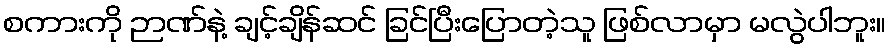
စကားကို ဉာဏ်နဲ့ ချင့်ချိန်ဆင် ခြင်ပြီးပြောတဲ့သူ ဖြစ်လာမှာ မလွဲပါဘူး။